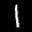
Label: 1